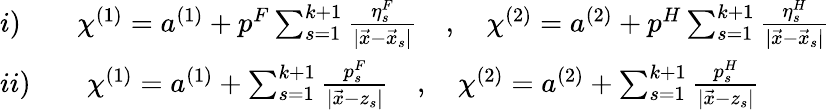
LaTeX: \begin{array}{l}{{i)\qquad\chi^{(1)}=a^{(1)}+p^{F}\sum_{s=1}^{k+1}\frac{\eta_{s}^{F}}{|\vec{x}-\vec{x}_{s}|}\quad,\quad\chi^{(2)}=a^{(2)}+p^{H}\sum_{s=1}^{k+1}\frac{\eta_{s}^{H}}{|\vec{x}-\vec{x}_{s}|}}}\\ {{ii)\qquad\chi^{(1)}=a^{(1)}+\sum_{s=1}^{k+1}\frac{p_{s}^{F}}{|\vec{x}-z_{s}|}\quad,\quad\chi^{(2)}=a^{(2)}+\sum_{s=1}^{k+1}\frac{p_{s}^{H}}{|\vec{x}-z_{s}|}}}\end{array}